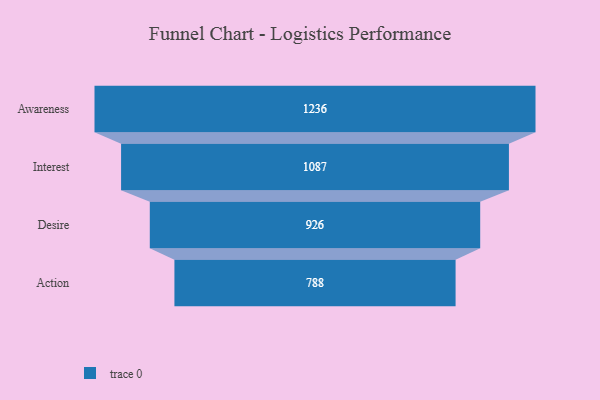
{"axis": {"x": "Stage", "y": "Value"}, "legend": [""], "data": [{"x": "Awareness", "y": 1236.0, "type": ""}, {"x": "Interest", "y": 1087.0, "type": ""}, {"x": "Desire", "y": 926.0, "type": ""}, {"x": "Action", "y": 788.0, "type": ""}]}